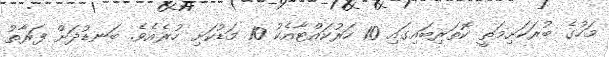
މަހުގެ ބުރަކަށިމަތީ ކޮތަރިބައިގައި 10 ހަރުކައްޓާއެކު 10 މަޑުކަށި ހުރެއެވެ. ބަނޑުދަށް ފަރާތު